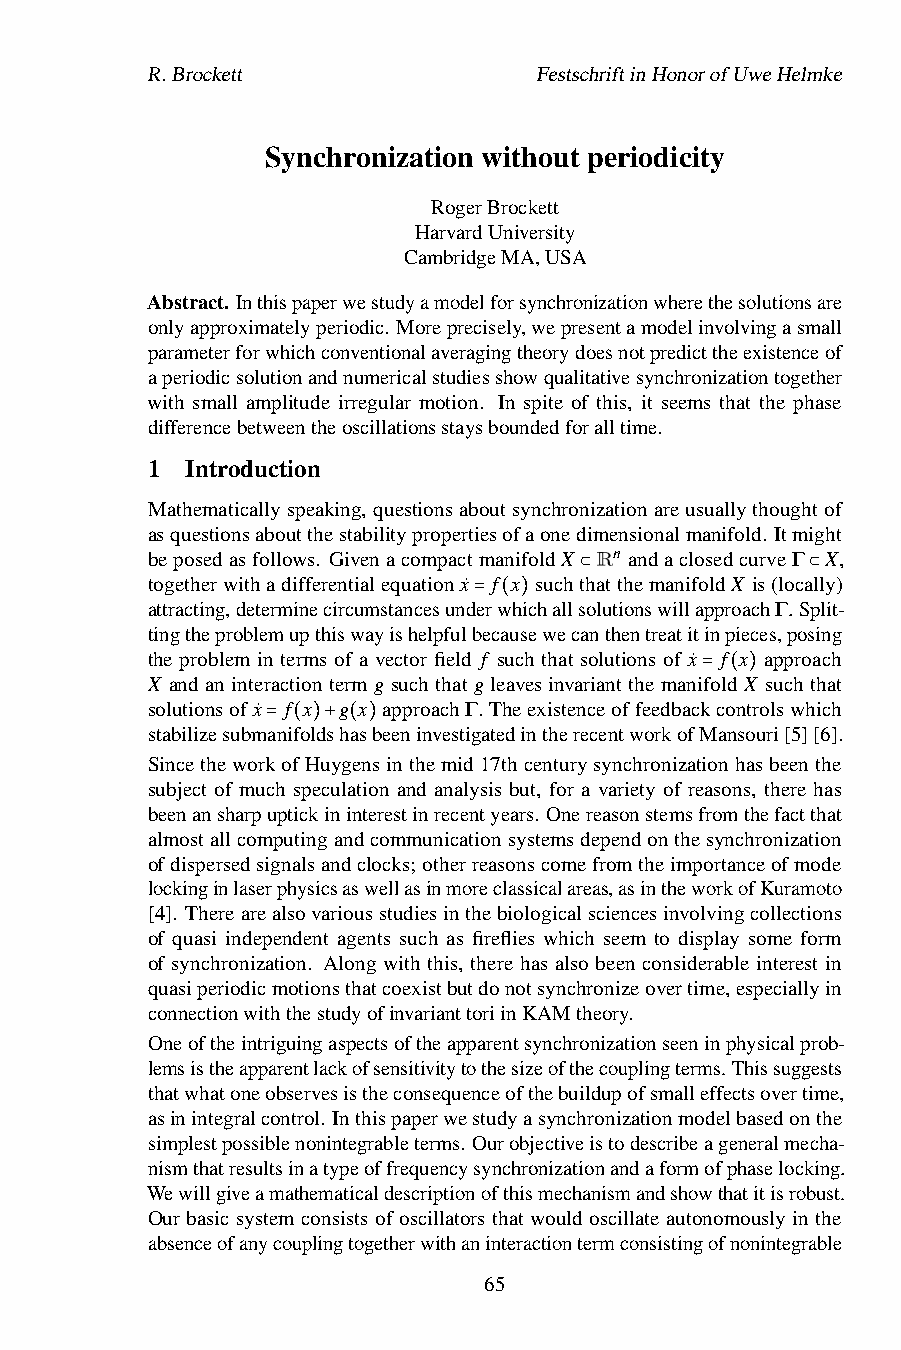
R.Brockett                FestschriftinHonorofUweHelmke
 Synchronization without periodicity
 RogerBrockett
 HarvardUniversity
 CambridgeMA,USA
 Abstract. Inthispaperwestudyamodelforsynchronizationwherethesolutionsare
 onlyapproximatelyperiodic. Moreprecisely,wepresentamodelinvolvingasmall
 parameterforwhichconventionalaveragingtheorydoesnotpredicttheexistenceof
 aperiodicsolutionandnumericalstudiesshowqualitativesynchronizationtogether
 with small amplitude irregular motion. In spite of this, it seems that the phase
 differencebetweentheoscillationsstaysboundedforalltime.
 1 Introduction
 Mathematicallyspeaking,questionsaboutsynchronizationareusuallythoughtof
 asquestionsaboutthestabilitypropertiesofaonedimensionalmanifold. Itmight
 beposedasfollows. GivenacompactmanifoldX Rn andaclosedcurveΓ X,
 togetherwithadifferentialequationx˙ f x suchthatthemanifoldX is(locally)
 attracting,determinecircumstancesunderwhichalls⊂olutionswillapproachΓ. S⊂plit-
 tingtheproblemupthiswayishelpfulb=eca(us)ewecanthentreatitinpieces,posing
 the problem in terms of a vector field f such that solutions of x˙ f x approach
 X and aninteraction termg suchthat g leavesinvariant the manifold X such that
 solutionsofx˙ f x g x approachΓ. Theexistenceoffeedback=co(nt)rolswhich
 stabilizesubmanifoldshasbeeninvestigatedintherecentworkofMansouri[5][6].
 = ( )+ ( )
 SincetheworkofHuygensinthemid17thcenturysynchronizationhasbeenthe
 subject of much speculation and analysis but, for a variety of reasons, there has
 beenansharpuptickininterestinrecentyears. Onereasonstemsfromthefactthat
 almostallcomputingandcommunicationsystemsdependonthesynchronization
 ofdispersedsignalsandclocks;otherreasonscomefromtheimportanceofmode
 lockinginlaserphysicsaswellasinmoreclassicalareas,asintheworkofKuramoto
 [4]. Therearealsovariousstudiesinthebiologicalsciencesinvolvingcollections
 of quasi independent agents such as fireflies which seem to display some form
 of synchronization. Along with this, there has also been considerable interest in
 quasiperiodicmotionsthatcoexistbutdonotsynchronizeovertime,especiallyin
 connectionwiththestudyofinvarianttoriinKAMtheory.
 Oneoftheintriguingaspectsoftheapparentsynchronizationseeninphysicalprob-
 lemsistheapparentlackofsensitivitytothesizeofthecouplingterms. Thissuggests
 thatwhatoneobservesistheconsequenceofthebuildupofsmalleffectsovertime,
 asinintegralcontrol. Inthispaperwestudyasynchronizationmodelbasedonthe
 simplestpossiblenonintegrableterms. Ourobjectiveistodescribeageneralmecha-
 nismthatresultsinatypeoffrequencysynchronizationandaformofphaselocking.
 Wewillgiveamathematicaldescriptionofthismechanismandshowthatitisrobust.
 Our basic system consists of oscillators that would oscillate autonomously in the
 absenceofanycouplingtogetherwithaninteractiontermconsistingofnonintegrable
 65